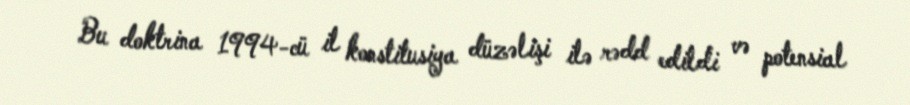
Bu doktrina 1994-cü il konstitusiya düzəlişi ilə rədd edildi və potensial